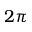
2 \pi